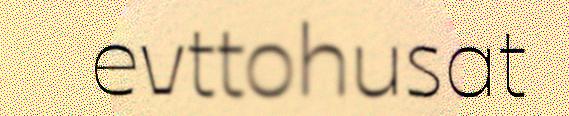
evttohusat